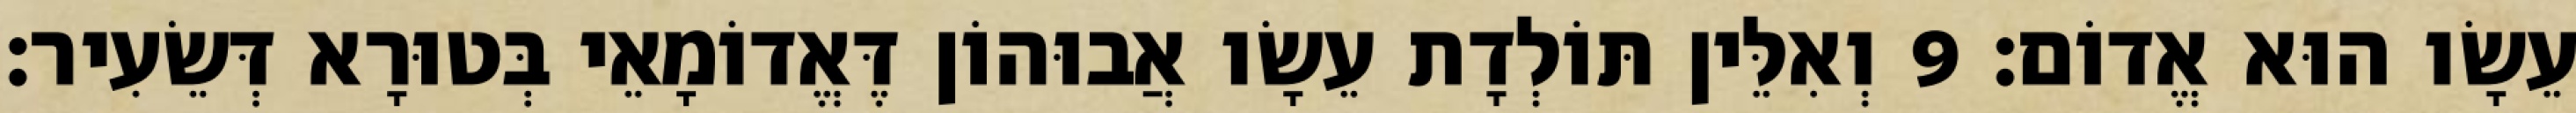
עֵשָׂו הוּא אֱדוֹם׃ 9 וְאִלֵּין תּוֹלְדָת עֵשָׂו אֲבוּהוֹן דֶּאֱדוֹמָאֵי בְּטוּרָא דְּשֵׂעִיר׃